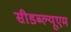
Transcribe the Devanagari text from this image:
सीडब्ल्यूएम